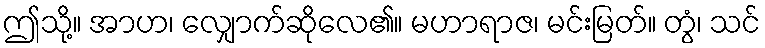
ဤသို့။ အာဟ၊ လျှောက်ဆိုလေ၏။ မဟာရာဇ၊ မင်းမြတ်။ တွံ၊ သင်